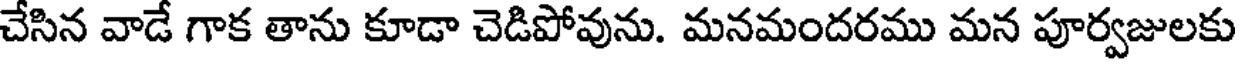
చేసిన వాడే గాక తాను కూడా చెడిపోవును. మనమందరము మన పూర్వజులకు